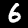
Digit: 6